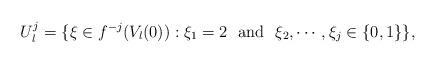
LaTeX: \begin{align*} U_l^j=\{\xi\in f^{-j}(V_l(0)):\xi_1=2\, \, \mbox{ and } \, \, \xi_2,\cdots, \xi_j\in \{0,1\} \}, \end{align*}